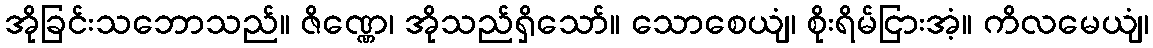
အိုခြင်းသဘောသည်။ ဇိဏ္ဏေ၊ အိုသည်ရှိသော်။ သောစေယျံ၊ စိုးရိမ်ငြားအံ့။ ကိလမေယျံ၊